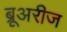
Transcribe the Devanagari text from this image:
ब्रूअरीज